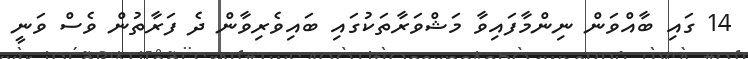
14 ގައި ބާއްވަން ނިންމާފައިވާ މަޝްވަރާތަކުގައި ބައިވެރިވާން ދެ ފަރާތުން ވެސް ވަނީ